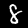
Label: 8